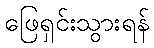
ဖြေရှင်းသွားရန်